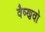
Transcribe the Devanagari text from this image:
वैष्‍णवो